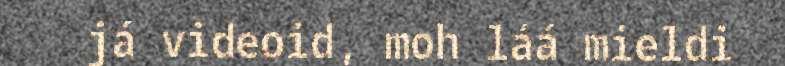
já videoid, moh láá mieldi